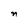
Character: n